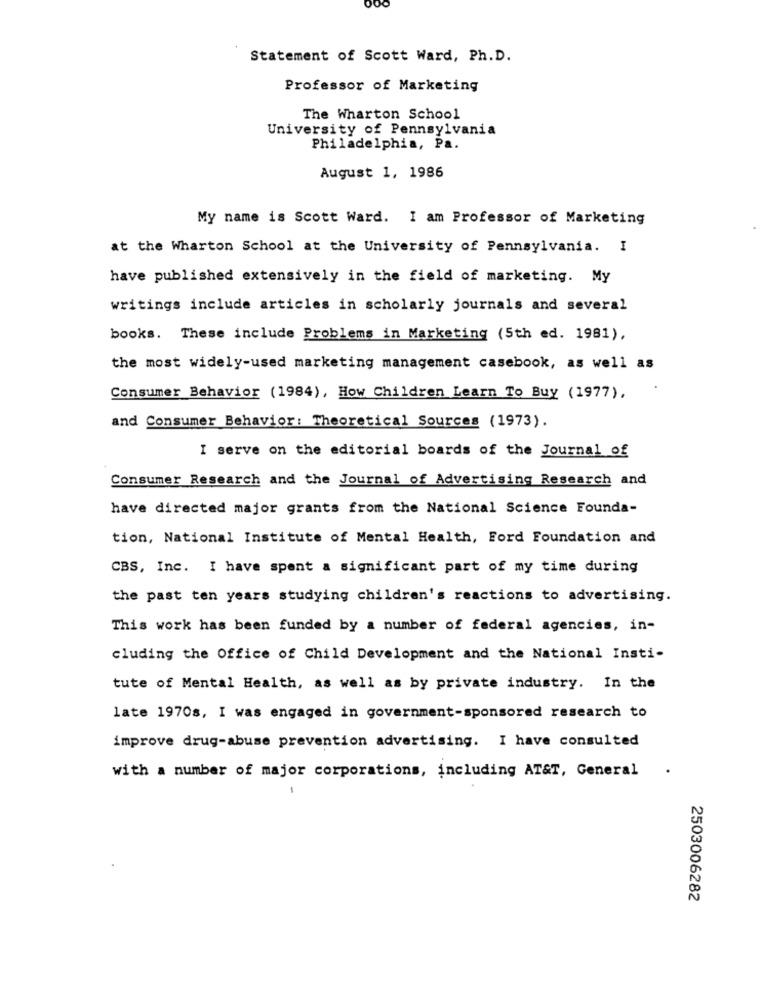
Statement of Scott Ward, Ph.D.
Professor of Marketing
The Wharton School
University of Pennsylvania
Philadelphia, Pa.
August 1, 1986
My name is Scott Ward. I am Professor of Marketing
at the Wharton School at the University of Pennsylvania. I
have published extensively in the field of marketing. My
writings include articles in scholarly journals and several
books. These include Problems in Marketing (5th ed. 1981),
the most widely-used marketing management casebook, as well as
Consumer Behavior (1984), How Children Learn To Buy (1977),
and Consumer Behavior: Theoretical Sources (1973).
I serve on the editorial boards of the Journal of
Consumer Research and the Journal of Advertising Research and
have directed major grants from the National Science Founda-
tion, National Institute of Mental Health, Ford Foundation and
CBS, Inc. I have spent a significant part of my time during
the past ten years studying children's reactions to advertising.
This work has been funded by a number of federal agencies, in-
cluding the Office of Child Development and the National Insti-
tute of Mental Health, as well as by private industry. In the
late 1970s, I was engaged in government-sponsored research to
improve drug-abuse prevention advertising. I have consulted
with a number of major corporations, including AT&T, General
-
2503006282